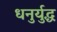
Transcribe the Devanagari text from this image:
धनुर्युद्ध